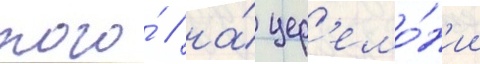
того́ / на́ цер'емо́н'ии